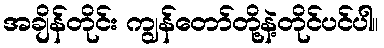
အချိန်တိုင်း ကျွန်တော်တို့နဲ့တိုင်ပင်ပါ။